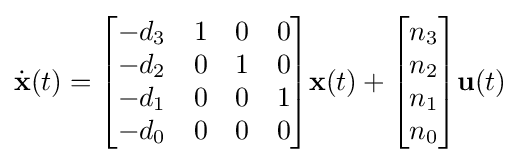
{\dot {\textbf {x}}}(t)={\begin{bmatrix}-d_{3}&1&0&0\\-d_{2}&0&1&0\\-d_{1}&0&0&1\\-d_{0}&0&0&0\end{bmatrix}}{\textbf {x}}(t)+{\begin{bmatrix}n_{3}\\n_{2}\\n_{1}\\n_{0}\end{bmatrix}}{\textbf {u}}(t)